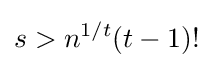
s>n^{1/t}(t-1)!